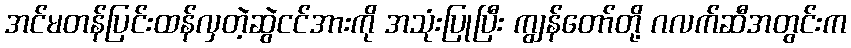
အင်မတန်ပြင်းထန်လှတဲ့ဆွဲငင်အားကို အသုံးပြုပြီး ကျွန်တော်တို့ ဂလက်ဆီအတွင်းက